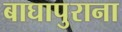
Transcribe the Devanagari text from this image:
बाघापुराना